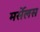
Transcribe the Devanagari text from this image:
मर्सेलस